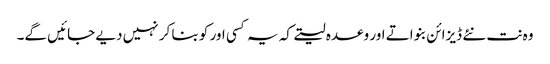
وہ نت نئے ڈیزائن بنواتے اور وعدہ لیتے کہ یہ کسی اور کو بنا کر نہیں دیے جائیں گے۔